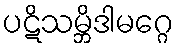
ပဋိသမ္ဘိဒါမဂ္ဂေ